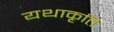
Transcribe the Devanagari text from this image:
यथाकृति